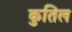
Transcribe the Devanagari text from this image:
कुतिल